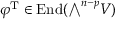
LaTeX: \varphi ^ { \mathrm { T } } \in \operatorname { E n d } ( { \textstyle \bigwedge } ^ { n - p } V )